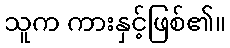
သူက ကားနှင့်ဖြစ်၏။